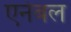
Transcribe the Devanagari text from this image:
एनेबल